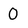
Character: 0